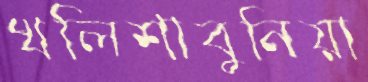
খলিশাবুনিয়া